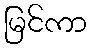
မြင်ကာ